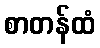
စာတန်ထံ